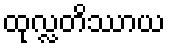
ထုလ္လတိဿာယ